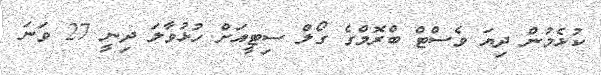
ކުޅެމުން ދިޔަ ވެސްޓް ބްރޮމްގެ ގޯލް ސިޓީއަށް ހުޅުވާލަ ދިނީ 27 ވަނަ